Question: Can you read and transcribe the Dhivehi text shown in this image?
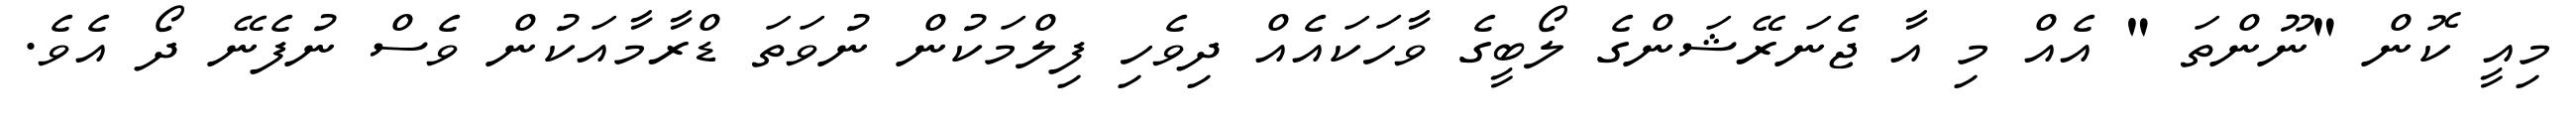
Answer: މިއީ ކޮން "ނޫންތަ " އެއް މި އާ ޖެނަރޭޝަންގެ ލޯބީގެ ވާހަކައެއް ދިވެހި ފިލްމަކުން ނުވަތަ ޑްރާމާއަކުން ވެސް ނުފެނޭ ދޯ އެވެ.